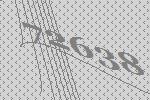
72638